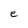
Character: e